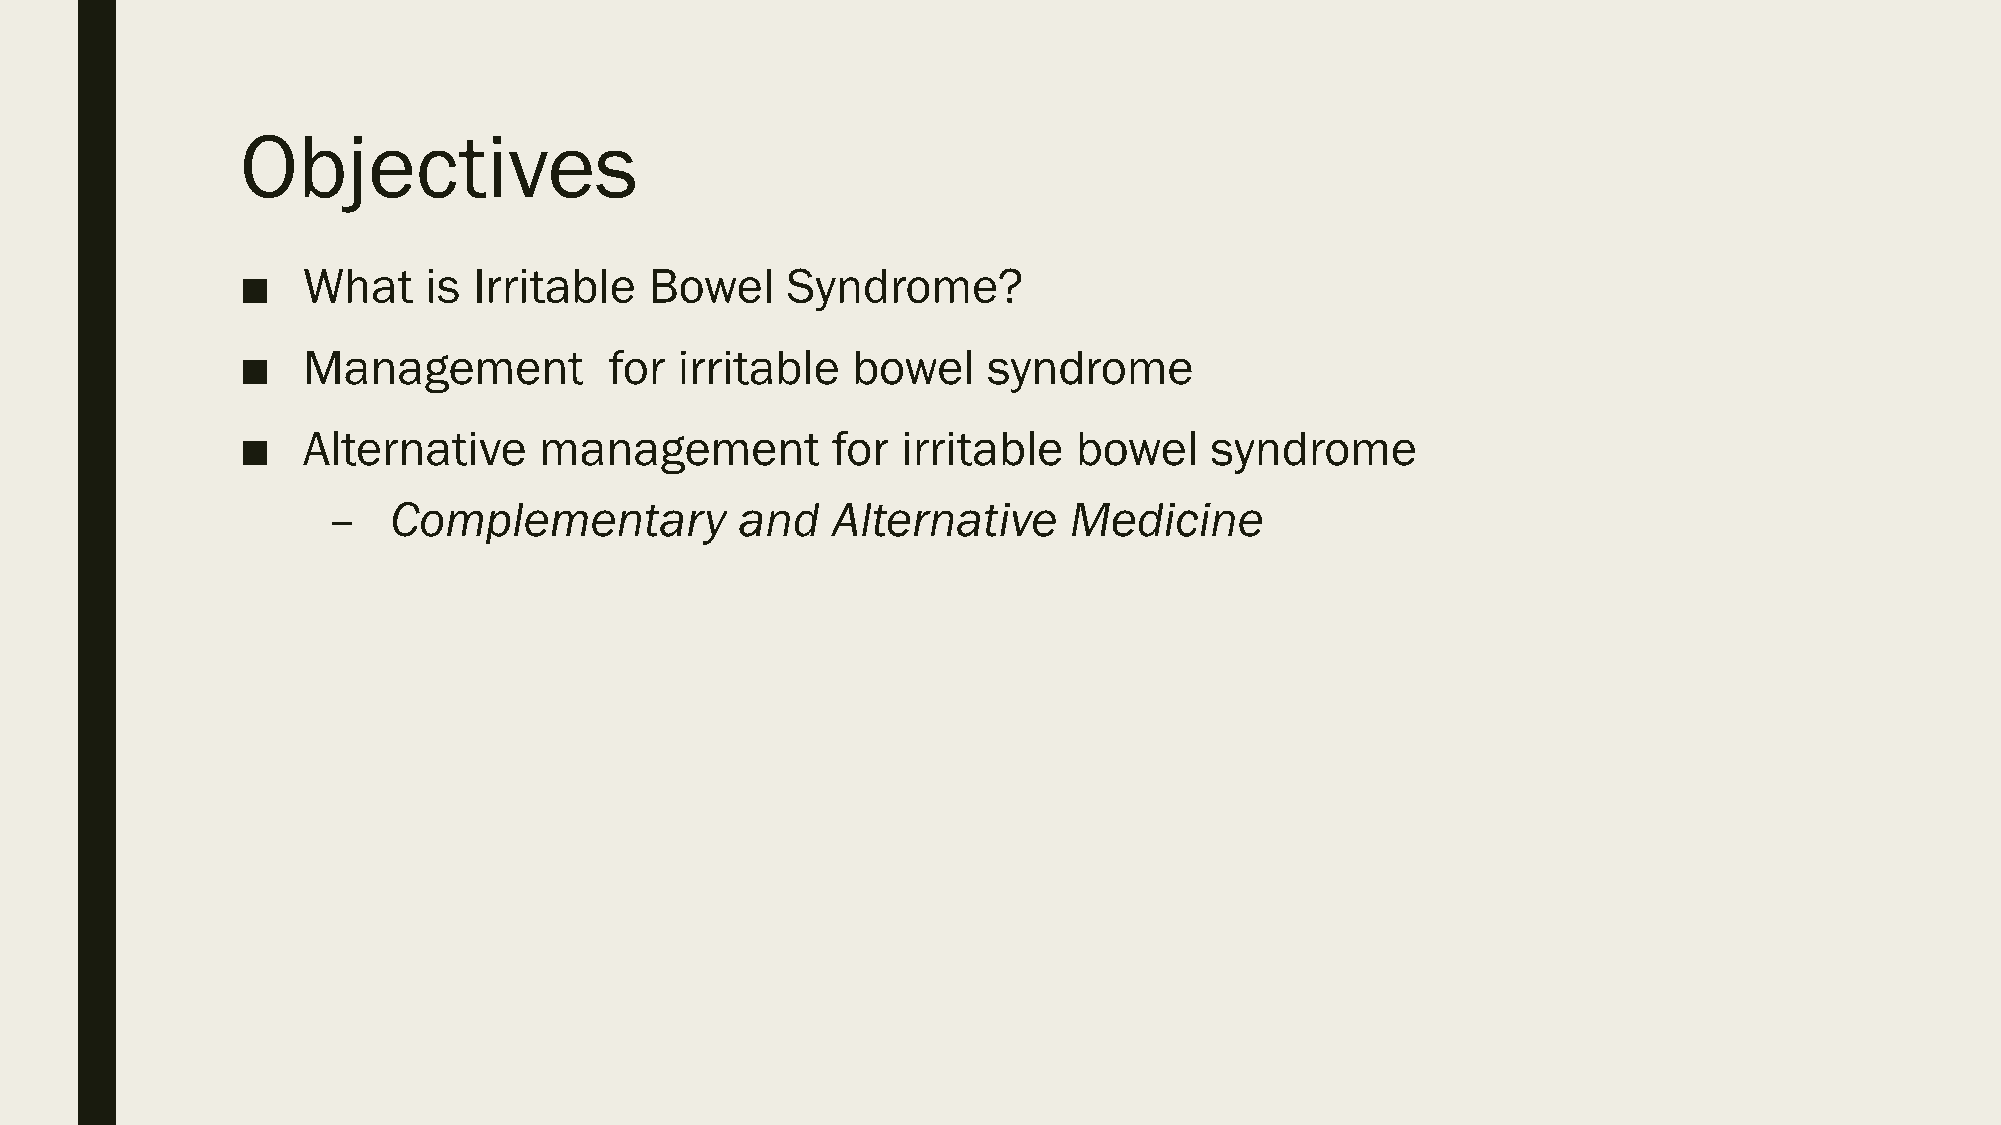
Objectives
 ■   What    is Irritable   Bowel    Syndrome?
 ■   Management          for  irritable  bowel    syndrome
 ■   Alternative     management         for  irritable  bowel    syndrome
 –   Complementary          and   Alternative     Medicine